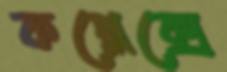
কপ্লেক্সে